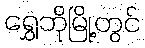
ရွှေဘိုမြို့တွင်